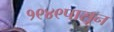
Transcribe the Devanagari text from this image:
१९४९पासून